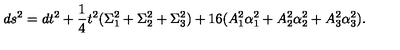
d s ^ { 2 } = d t ^ { 2 } + { \frac { 1 } { 4 } } t ^ { 2 } ( \Sigma _ { 1 } ^ { 2 } + \Sigma _ { 2 } ^ { 2 } + \Sigma _ { 3 } ^ { 2 } ) + 1 6 ( A _ { 1 } ^ { 2 } \alpha _ { 1 } ^ { 2 } + A _ { 2 } ^ { 2 } \alpha _ { 2 } ^ { 2 } + A _ { 3 } ^ { 2 } \alpha _ { 3 } ^ { 2 } ) .